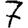
Digit: 7